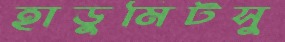
হাডুমিটসু